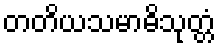
တတိယသမာဓိသုတ္တံ